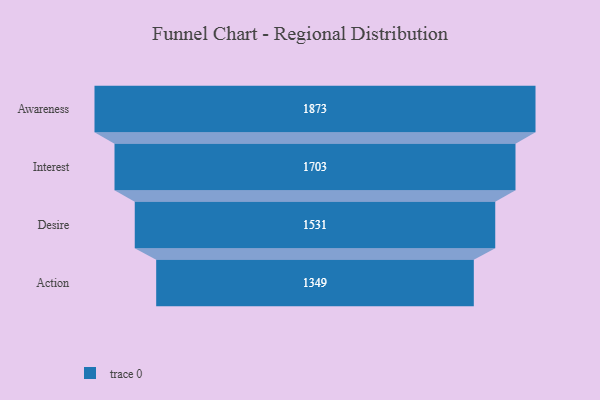
{"axis": {"x": "Stage", "y": "Value"}, "legend": [""], "data": [{"x": "Awareness", "y": 1873.0, "type": ""}, {"x": "Interest", "y": 1703.0, "type": ""}, {"x": "Desire", "y": 1531.0, "type": ""}, {"x": "Action", "y": 1349.0, "type": ""}]}